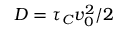
D = \tau _ { C } v _ { 0 } ^ { 2 } / 2